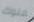
ملوك